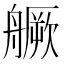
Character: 𦪘